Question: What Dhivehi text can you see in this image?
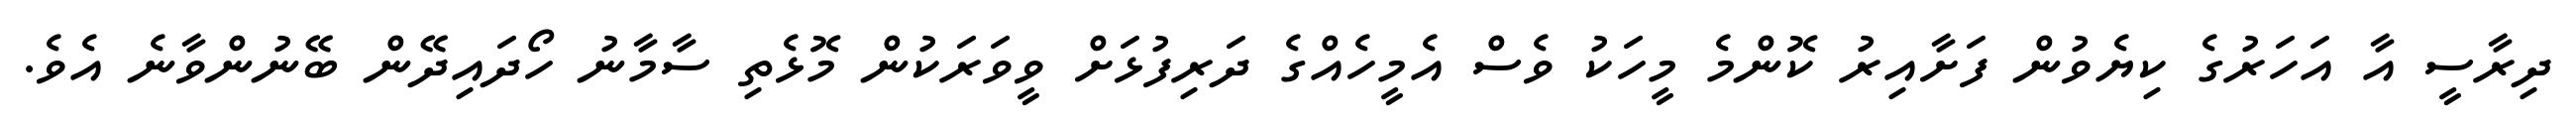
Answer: ދިރާސީ އާ އަހަރުގެ ކިޔެވުން ފަށާއިރު ކޮންމެ މީހަކު ވެސް އެމީހެއްގެ ދަރިފުޅަށް ވީވަރަކުން މޮޅެތި ސާމާނު ހޯދައިދޭން ބޭނުންވާނެ އެވެ.